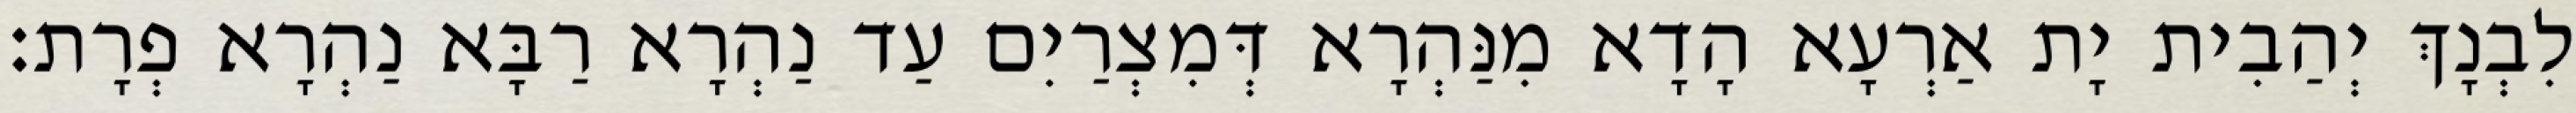
לִבְנָךְ יְהַבִית יָת אַרְעָא הָדָא מִנַּהְרָא דְּמִצְרַיִם עַד נַהְרָא רַבָּא נַהְרָא פְרָת׃